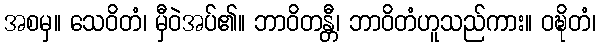
အစမှ။ သေဝိတံ၊ မှီဝဲအပ်၏။ ဘာဝိတန္တီ၊ ဘာဝိတံဟူသည်ကား။ ဝဍ္ဎိတံ၊